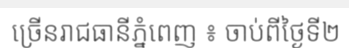
ច្រើនរាជធានីភ្នំពេញ ៖ ចាប់ពីថ្ងៃទី២